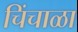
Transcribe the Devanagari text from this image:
चिंचाळा